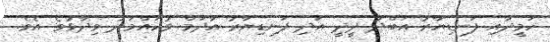
ހަމީދާއި ފަނޑިޔާރު އަބްދު ދީދީ އަދި ފަނޑިޔާރު އާދަމް މުހައްމަދު ވިދާޅުވެ އެވެ.